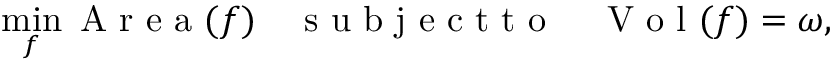
\operatorname* { m i n } _ { f } \mathrm { ~ A ~ r ~ e ~ a ~ } ( f ) \quad \mathrm { ~ s ~ u ~ b ~ j ~ e ~ c ~ t ~ t ~ o ~ } \quad \mathrm { ~ V ~ o ~ l ~ } ( f ) = \omega ,